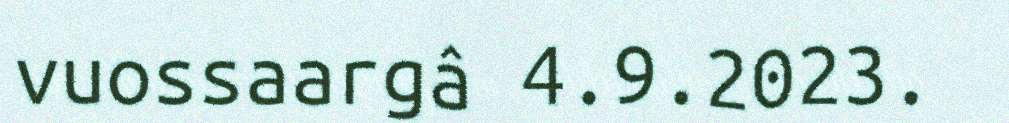
vuossaargâ 4.9.2023.